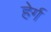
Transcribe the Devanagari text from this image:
हेर्ग